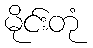
မိုင်းတုံ